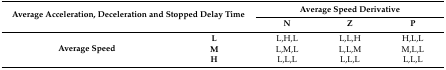
| <ROWSPAN=2-COLSPAN=2> Average Acceleration, Deceleration and Stopped Delay Time | <COLSPAN=3> Average Speed Derivative |
 | N | Z | P |
 | --- | --- | --- | --- | --- |
 | <ROWSPAN=3> Average Speed | L | L,H,L | L,L,H | H,L,L |
 | M | L,M,L | L,L,M | M,L,L |
 | H | L,L,L | L,L,L | L,L,L |